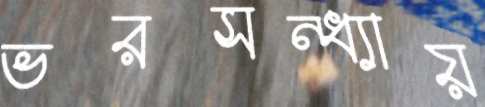
ভরসন্ধ্যায়